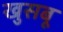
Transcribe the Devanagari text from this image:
खुसबू